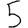
Digit: 5